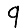
Digit: 9